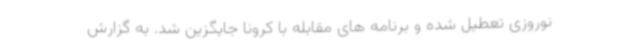
نوروزی تعطیل شده و برنامه های مقابله با کرونا جایگزین شد. به گزارش